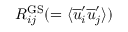
R _ { i j } ^ { \mathrm { G S } } ( = \langle \overline { { u } } _ { i } ^ { \prime } \overline { { u } } _ { j } ^ { \prime } \rangle )